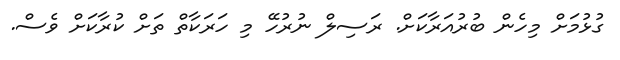
ގުޅުމަށް މިހެން ބުރުއަރާކަށް. ރަސިލް ނުރުހޭ މި ހަރަކާތް ތަށް ކުރާކަށް ވެސް.